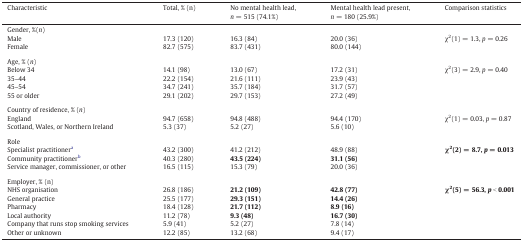
<table><thead><tr><td><b>Characteristic</b></td><td><b>Total, % (n)</b></td><td><b>No mental health lead, <i>n</i> = 515 (74.1%)</b></td><td><b>Mental health lead present, <i>n</i> = 180 (25.9%)</b></td><td><b>Comparison statistics</b></td></tr></thead><tbody><tr><td colspan="5">Gender, %(<i>n</i>)</td></tr><tr><td>Male</td><td>17.3 (120)</td><td>16.3 (84)</td><td>20.0 (36)</td><td rowspan="2">χ<sup>2</sup>(1) = 1.3, <i>p</i> = 0.26</td></tr><tr><td>Female</td><td>82.7 (575)</td><td>83.7 (431)</td><td>80.0 (144)</td></tr><tr><td colspan="5">  </td></tr><tr><td colspan="5">Age, % (<i>n</i>)</td></tr><tr><td>Below 34</td><td>14.1 (98)</td><td>13.0 (67)</td><td>17.2 (31)</td><td rowspan="4">χ<sup>2</sup>(3) = 2.9, <i>p</i> = 0.40</td></tr><tr><td>35–44</td><td>22.2 (154)</td><td>21.6 (111)</td><td>23.9 (43)</td></tr><tr><td>45–54</td><td>34.7 (241)</td><td>35.7 (184)</td><td>31.7 (57)</td></tr><tr><td>55 or older</td><td>29.1 (202)</td><td>29.7 (153)</td><td>27.2 (49)</td></tr><tr><td colspan="5">  </td></tr><tr><td colspan="5">Country of residence, % (<i>n</i>)</td></tr><tr><td>England</td><td>94.7 (658)</td><td>94.8 (488)</td><td>94.4 (170)</td><td rowspan="2">χ<sup>2</sup>(1) = 0.03, <i>p</i> = 0.87</td></tr><tr><td>Scotland, Wales, or Northern Ireland</td><td>5.3 (37)</td><td>5.2 (27)</td><td>5.6 (10)</td></tr><tr><td colspan="5">  </td></tr><tr><td colspan="5">Role</td></tr><tr><td>Specialist practitionera</td><td>43.2 (300)</td><td>41.2 (212)</td><td>48.9 (88)</td><td rowspan="3"><b>χ</b><sup><b>2</b></sup><b>(2) = 8.7, <i>p</i> = 0.013</b></td></tr><tr><td>Community practitionerb</td><td>40.3 (280)</td><td><b>43.5 (224)</b></td><td><b>31.1 (56)</b></td></tr><tr><td>Service manager, commissioner, or other</td><td>16.5 (115)</td><td>15.3 (79)</td><td>20.0 (36)</td></tr><tr><td colspan="5">  </td></tr><tr><td colspan="5">Employer, % (n)</td></tr><tr><td>NHS organisation</td><td>26.8 (186)</td><td><b>21.2 (109)</b></td><td><b>42.8 (77)</b></td><td rowspan="6"><b>χ</b><sup><b>2</b></sup><b>(5) = 56.3, <i>p</i> &lt; 0.001</b></td></tr><tr><td>General practice</td><td>25.5 (177)</td><td><b>29.3 (151)</b></td><td><b>14.4 (26)</b></td></tr><tr><td>Pharmacy</td><td>18.4 (128)</td><td><b>21.7 (112)</b></td><td><b>8.9 (16)</b></td></tr><tr><td>Local authority</td><td>11.2 (78)</td><td><b>9.3 (48)</b></td><td><b>16.7 (30)</b></td></tr><tr><td>Company that runs stop smoking services</td><td>5.9 (41)</td><td>5.2 (27)</td><td>7.8 (14)</td></tr><tr><td>Other or unknown</td><td>12.2 (85)</td><td>13.2 (68)</td><td>9.4 (17)</td></tr></tbody></table>